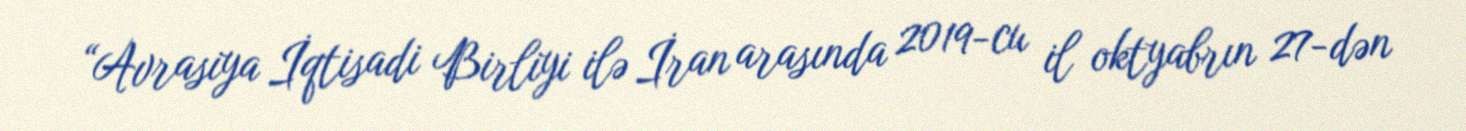
“Avrasiya İqtisadi Birliyi ilə İran arasında 2019-cu il oktyabrın 27-dən